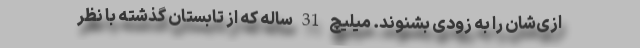
ازی‌شان را به زودی بشنوند. میلیچ 31 ساله که از تابستان گذشته با نظر